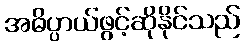
အဓိပ္ပာယ်ဖွင့်ဆိုနိုင်သည်